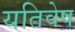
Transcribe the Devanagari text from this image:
यतिवेष